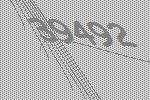
39492